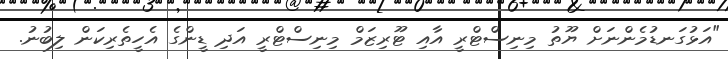
"އަޅުގަނޑުމެންނަށް ޔޫތު މިނިސްޓްރީ އާއި ޓޫރިޒަމް މިނިސްޓްރީ އަދި ޑީންގެ އެހީތެރިކަން ލިބުނު.